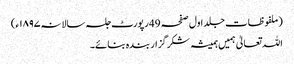
(ملفوظات جلد اول صفحہ 49رپورٹ جلسہ سالانہ۱۸۹۷ء)
اللہ تعالیٰ ہمیں ہمیشہ شکر گزار بندہ بنائے۔